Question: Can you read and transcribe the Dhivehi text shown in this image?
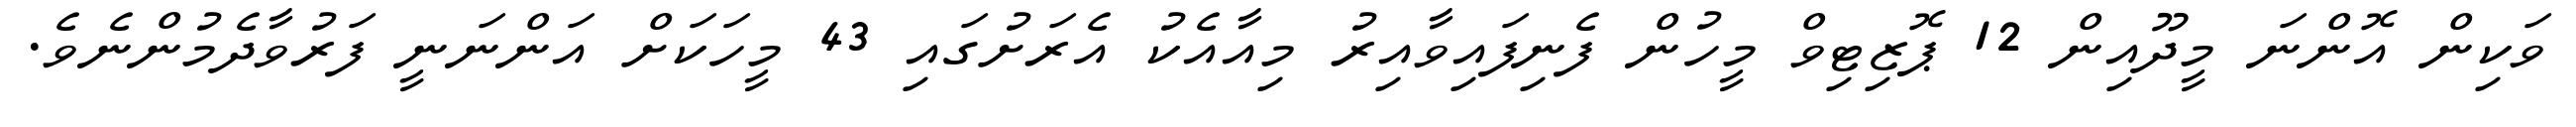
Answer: ވަކިން އޮންނަ މީދޫއިން 12 ޕޮޒިޓިވް މީހުން ފެނިފައިވާއިރު މިއާއެކު އެރަށުގައި 43 މީހަކަށް އަންނަނީ ފަރުވާދެމުންނެވެ.